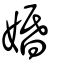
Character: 婚